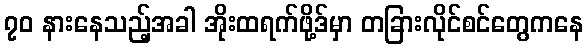
၇၀ နားနေသည့်အခါ အိုးထရက်ဖို့ဒ်မှာ တခြားလိုင်စင်တွေကနေ